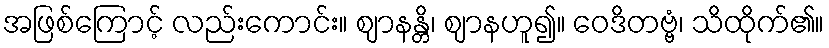
အဖြစ်ကြောင့် လည်းကောင်း။ ဈာနန္တိ၊ ဈာနဟူ၍။ ဝေဒိတဗ္ဗံ၊ သိထိုက်၏။